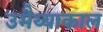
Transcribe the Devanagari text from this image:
उमैय्याकाल